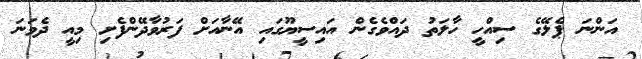
އަންނަ ޕެލޭގެ ސިއްހީ ހާލަތު ދައްވެގެން އައިސީޔޫގައި އޭނާއަށް ފަރުވާދޭންފެށި މިއީ ދެވަނަ